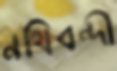
নথিবন্দী